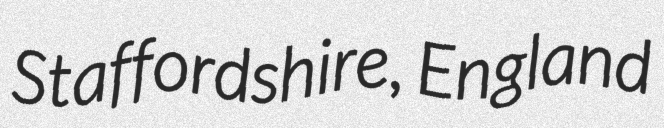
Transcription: Staffordshire, England